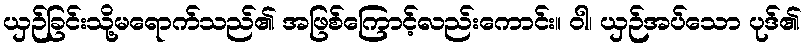
ယှဉ်ခြင်းသို့မရောက်သည်၏ အဖြစ်ကြောင့်လည်းကောင်း။ ဝါ၊ ယှဉ်အပ်သော ပုဒ်၏